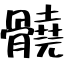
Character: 髐